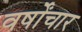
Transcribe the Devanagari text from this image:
वर्षोंचार